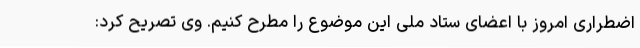
اضطراری امروز با اعضای ستاد ملی این موضوع را مطرح کنیم. وی تصریح کرد: